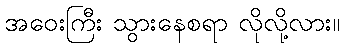
အဝေးကြီး သွားနေစရာ လိုလို့လား။